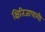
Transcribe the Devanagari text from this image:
क्षितिजापाशी